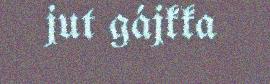
jut gájkka